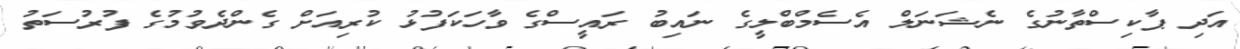
އަދި ޕާކިސްތާނުގެ ނެޝަނަލް އެސެމްބްލީގެ ނައިބު ރައީސްގެ ވާހަކަފުޅު ކުރިއަށް ގެންދެވުމުގެ ފުުރުސަތު